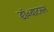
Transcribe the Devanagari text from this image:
डॉ॰वाटसन